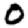
Digit: 0